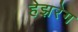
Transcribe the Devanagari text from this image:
हेझरेग